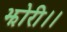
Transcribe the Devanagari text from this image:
झोरी।।